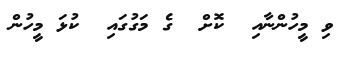
ވި މީހުންނާއި  ކޮށް  ގެ މަގުގައި  ކުޅަ މީހުން